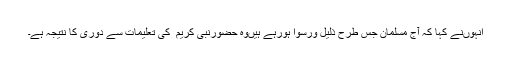
انہوںنے کہا کہ آج مسلمان جس طرح ذلیل ورسوا ہورہے ہیںوہ حضورنبی کریم ۖ کی تعلیمات سے دوری کا نتیجہ ہے۔